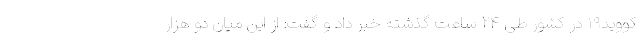
کووید۱۹ در کشور طی ۲۴ ساعت گذشته خبر داد و گفت: از این میان دو هزار